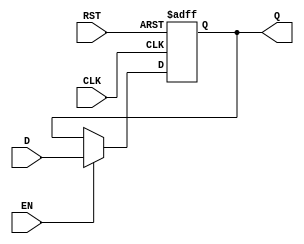
module DataRegister #(
    parameter WIDTH = 8  // Parameter to set the bit width of the register
)(
    input wire [WIDTH-1:0] D,      // Data Input
    input wire CLK,                 // Clock Input
    input wire RST,                 // Asynchronous Reset
    input wire EN,                  // Enable Signal
    output reg [WIDTH-1:0] Q        // Data Output
);

// Always block triggered on the clock edge and asynchronous reset
always @(posedge CLK or posedge RST) begin
    if (RST) begin
        Q <= {WIDTH{1'b0}};          // Clear the register output to zero
    end else if (EN) begin
        Q <= D;                      // Update the output with data input on clock edge
    end
    // If EN is low, Q retains its previous value (no else needed)
end

endmodule